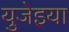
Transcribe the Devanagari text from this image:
युजेइया